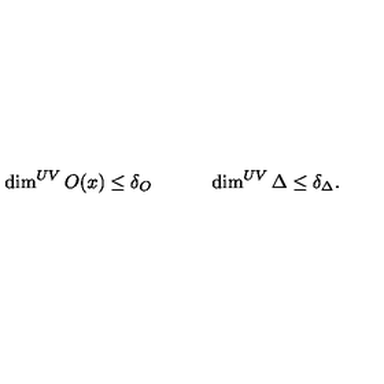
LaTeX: \dim ^ { U V } O ( x ) \leq \delta _ { O } \qquad \quad \dim ^ { U V } \Delta \leq \delta _ { \Delta } .